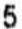
5